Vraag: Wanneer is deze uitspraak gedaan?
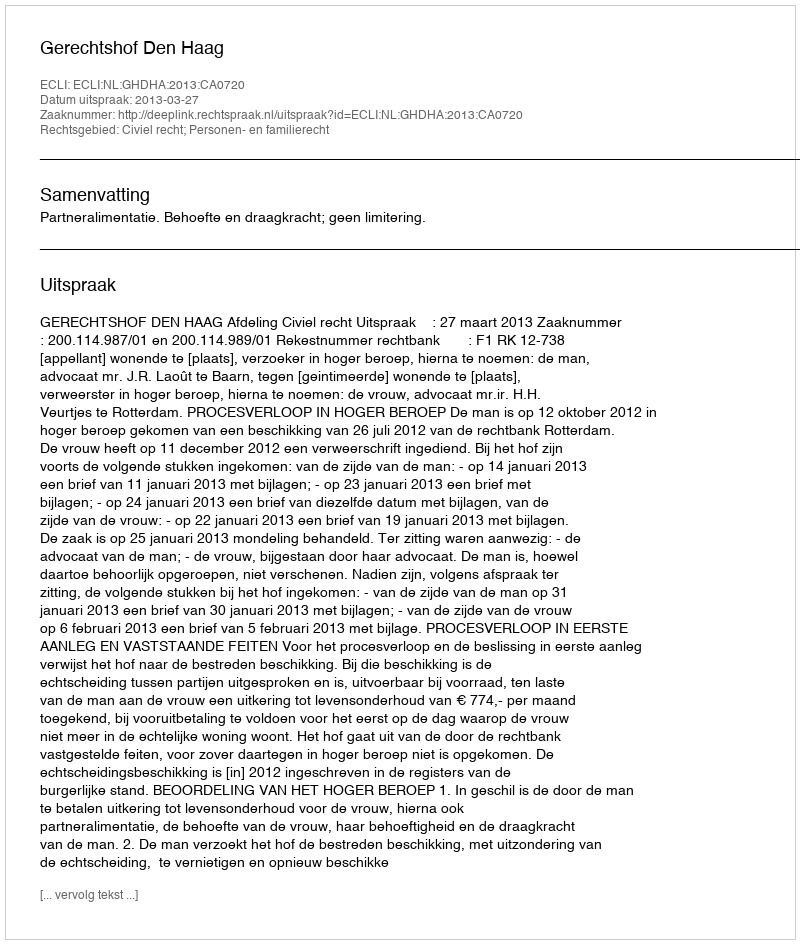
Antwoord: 2013-03-27